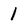
Character: 1